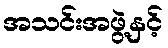
အသင်းအဖွဲ့နှင့်